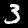
Label: 3